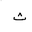
Letter: _tha